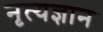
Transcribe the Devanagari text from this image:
नृत्यज्ञान